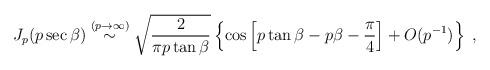
LaTeX: \begin{align*}J_{p} ( p\sec \beta) \stackrel{(p \rightarrow \infty)}{\sim}\sqrt{ \frac{2}{\pi p \tan \beta} }\left\{\cos\left[p \tan \beta - p \beta - \frac{\pi}{4}\right]+ O( p^{-1} )\right\}\; ,\end{align*}